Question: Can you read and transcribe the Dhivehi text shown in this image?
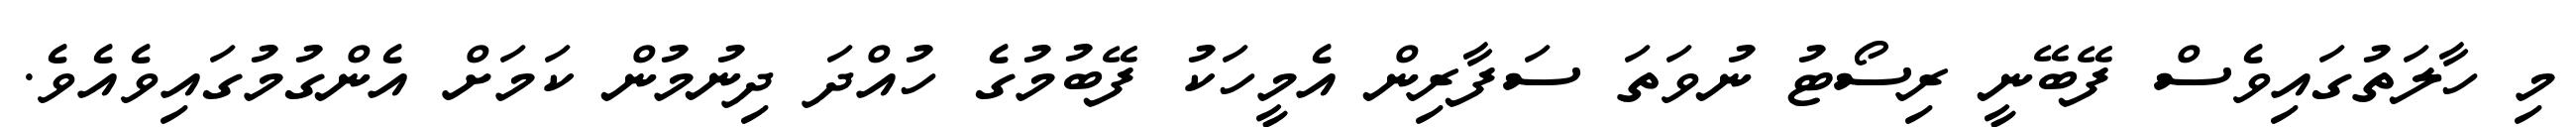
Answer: މި ހާލަތުގައިވެސް ފޭބޭނީ ރިސޯޓު ނުވަތަ ސަފާރިން އެމީހަކު ފޭބުމުގެ ހުއްދަ ދިނުމުން ކަމަށް އެންގުމުގައިވެއެވެ.